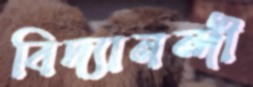
বিদ্যানন্দী